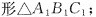
形△A1_{1} B_{1} C_{1}；